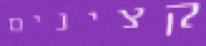
קצינים